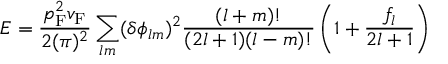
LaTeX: E = { \frac { p _ { \mathrm { { F } } } ^ { 2 } v _ { \mathrm { { F } } } } { 2 ( \pi ) ^ { 2 } } } \sum _ { l m } ( \delta \phi _ { l m } ) ^ { 2 } { \frac { ( l + m ) ! } { ( 2 l + 1 ) ( l - m ) ! } } \left( 1 + { \frac { f _ { l } } { 2 l + 1 } } \right)